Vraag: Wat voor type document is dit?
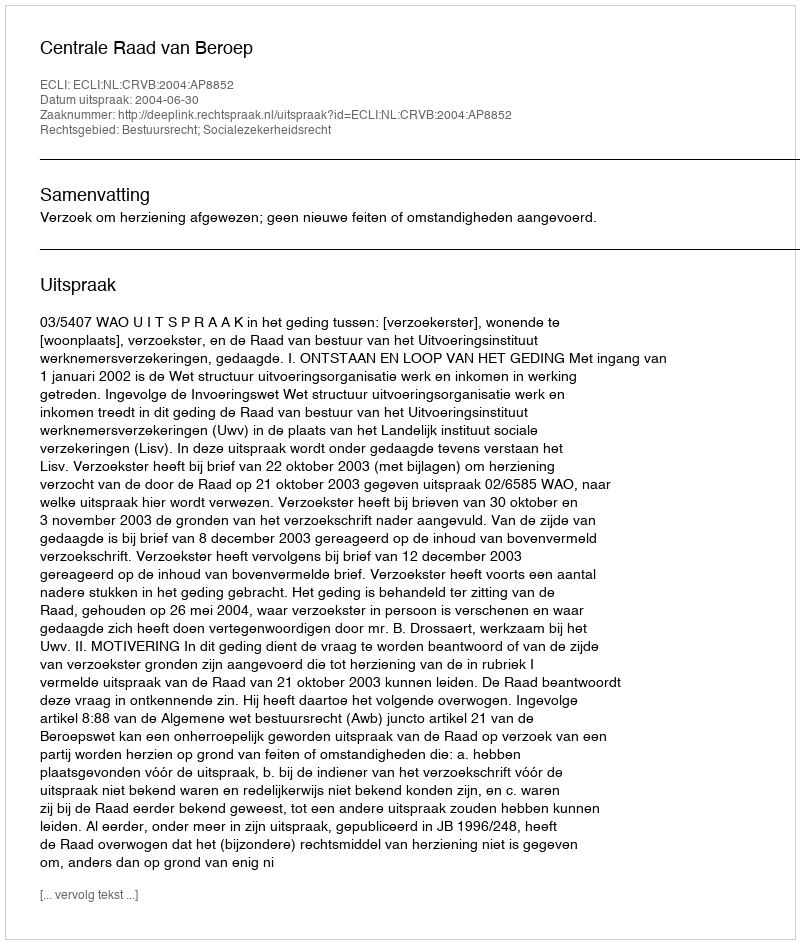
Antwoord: Uitspraak